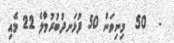
-  50  މިނިވަން 50 ފުޅަނދުބުރުމާލެ 22 މެއި